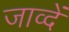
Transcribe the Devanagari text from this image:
जाव्दें